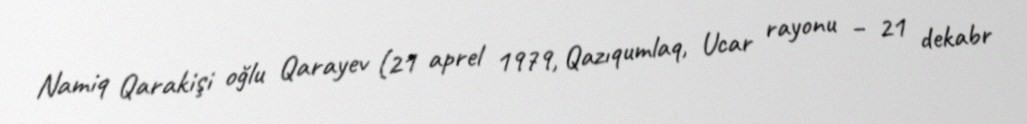
Namiq Qarakişi oğlu Qarayev (21 aprel 1979, Qazıqumlaq, Ucar rayonu – 21 dekabr